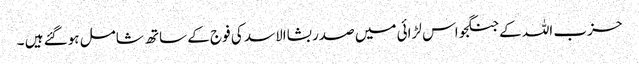
حزب اللہ کے جنگجو اس لڑائی میں صدر بشاالاسد کی فوج کے ساتھ شامل ہوگئے ہیں ۔